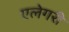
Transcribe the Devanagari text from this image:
एलेगरी